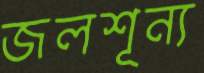
জলশূন্য